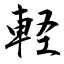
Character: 軽